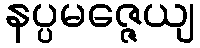
နပ္ပမဇ္ဇေယျ